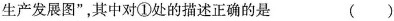
生产发展图”，其中对①处的描述正确的是 ()